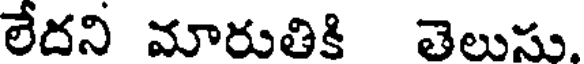
లేదని మారుతికి తెలుసు.